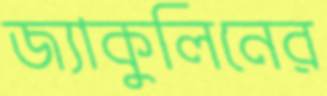
জ্যাকুলিনের